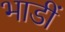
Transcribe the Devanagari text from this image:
भाडीं